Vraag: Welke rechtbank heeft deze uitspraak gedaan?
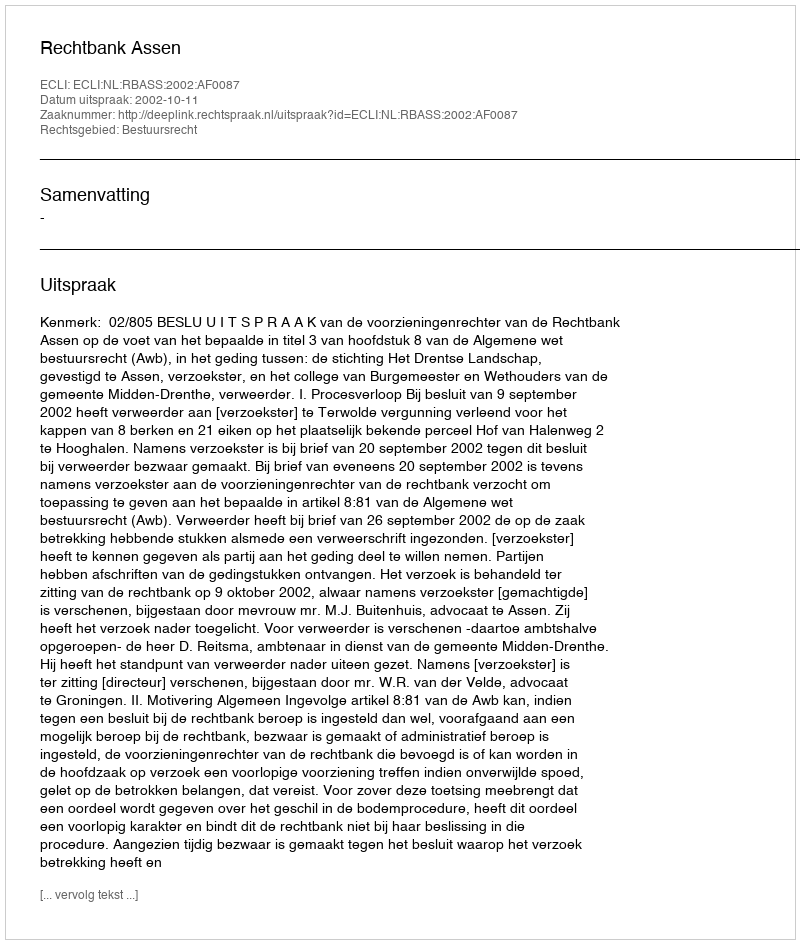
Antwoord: Rechtbank Assen